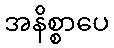
အနိစ္စာပေ